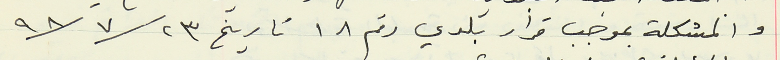
والمشكلة بموجب قرار بلدي رقم  ١٨ تاريخ  ٩٨/٧/٢٣